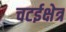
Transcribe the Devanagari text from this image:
चटईक्षेत्र